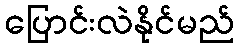
ပြောင်းလဲနိုင်မည်